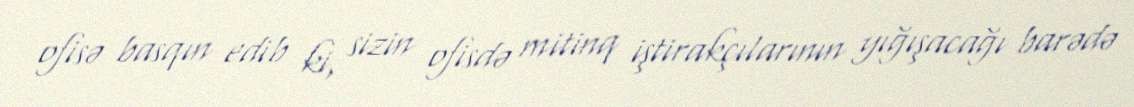
ofisə basqın edib ki, sizin ofisdə mitinq iştirakçılarının yığışacağı barədə